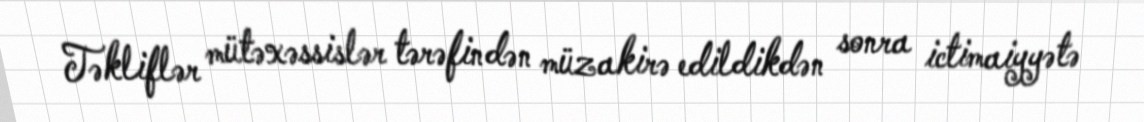
Təkliflər mütəxəssislər tərəfindən müzakirə edildikdən sonra ictimaiyyətə